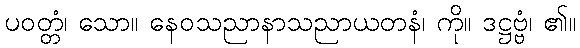
ပဝတ္တံ၊ သော။ နေဝသညာနာသညာယတနံ၊ ကို။ ဒဋ္ဌဗ္ဗံ၊ ၏။